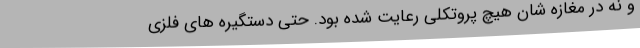
و نه در مغازه شان هیچ پروتکلی رعایت شده بود. حتی دستگیره های فلزی